Civil Veterinary Department. Madras. Admin. report 1926-33 - 1926-1933
Year: 1926
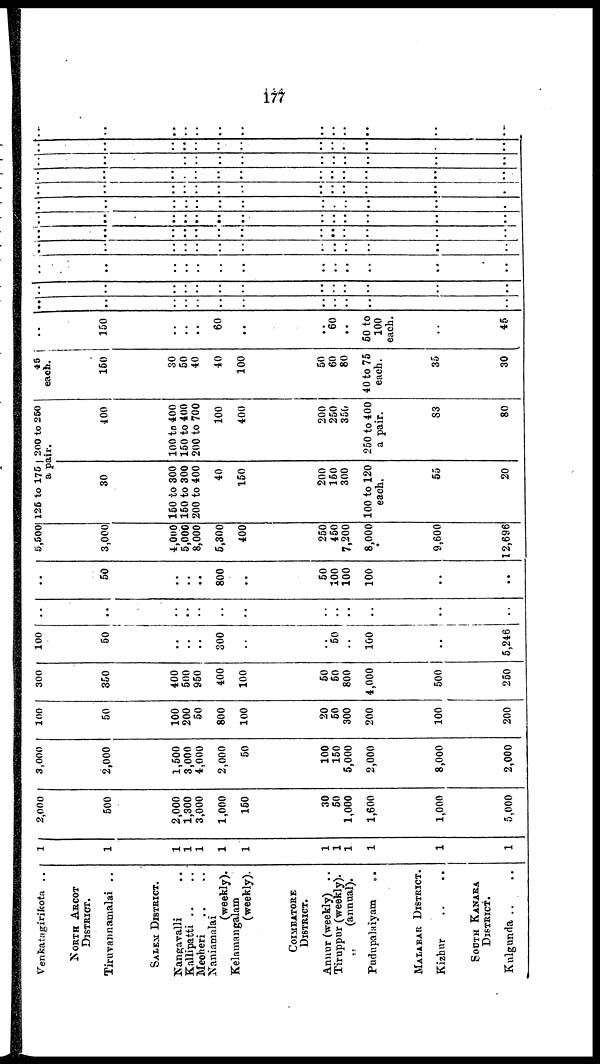
177
Venkatagirikota ..
NORTH ARCOT
DISTRICT.
Tiruvannamalai ..
SALEM DISTRICT.
Nangavalli
..
Kallipatti ..
..
Mecheri .. ..
Naniamalai
(weekly).
Kelamangalam
(weekly).
COIMBATORE
DISTRICT.
Annur (weekly) ..
Tiruppur (weekly).
(annual).
Pudupalaiyam
..
MALABAR DISTRICT.
Kizhur .. ..
SOUTH KANARA
DISTRICT.
Kulgunda .. ..
1
1
1
1
1
1
1
1
1
1
1
1
1
2,000
500
2,000
1,300
3,000
1,000
150
30
50
1,000
1,600
1,000
5,000
3,000
2,000
1,500
3,000
4,000
2,000
50
100
150
5,000
2,000
8,000
2,000
100
50
100
200
50
800
100
20
50
300
200
100
200
300
350
400
500
950
400
100
50
50
800
4,000
500
250
100
50
..
..
..
300
..
..
50
..
100
..
5,246
..
..
..
..
..
..
..
..
..
..
..
..
..
..
50
..
..
..
800
..
50
100
100
100
..
..
5,500
3,000
4,000
5,000
8,000
5,300
400
250
450
7,200
8,000
9,600
12,696
125 to 175
a pair.
30
150 to 300
150 to 300
200 to 400
40
150
200
150
300
100 to 120
each.
55
20
200 to 250
400
100 to 400
150 to 400
200 to 700
100
400
200
250
350
250 to 400
a pair.
83
80
45
each.
150
30
50
40
40
100
50
60
80
40 to 75
each.
35
30
150
..
..
..
60
..
..
60
..
50 to
100
each.
..
45
..
..
..
..
..
..
..
..
..
..
..
..
..
..
..
..
..
..
..
..
..
..
..
..
..
..
..
..
..
..
..
..
..
..
..
..
..
..
..
..
..
..
..
..
..
..
..
..
..
..
..
..
..
..
..
..
..
..
..
..
..
..
..
..
..
..
..
..
..
..
..
..
..
..
..
..
..
..
..
..
..
..
..
..
..
..
..
..
..
..
..
..
..
..
..
..
..
..
..
..
..
..
..
..
..
..
..
..
..
..
..
..
..
..
..
..
..
..
..
..
..
..
..
..
..
..
..
..
..
..
..
..